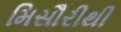
મિસૌરીથી